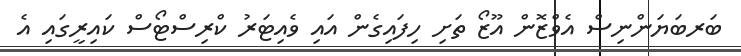
ބަރބަޔަންނިސް އެވްޒޮން އޫޒޯ ތަށި ހިފައިގެން އައި ވެއިޓަރު ކްރިސްޓޯސް ކައިރީގައި އެ